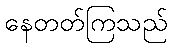
နေတတ်ကြသည်